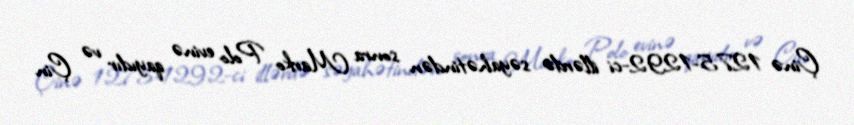
Çinə 1275-1292-ci illərdə səyahətindən sonra Marko Polo evinə qayıdır və Çin